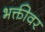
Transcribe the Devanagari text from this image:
भक्तीवर